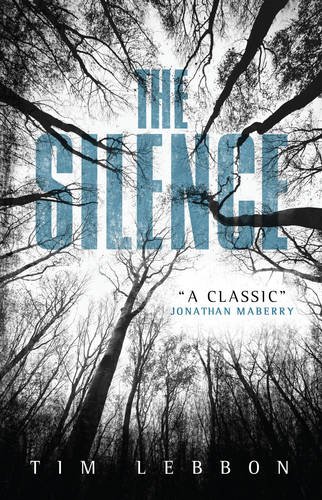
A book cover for The Silence; Tim Lebbon; Literature & Fiction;